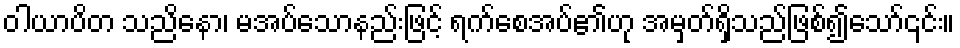
ဝါယာပိတ သညိနော၊ မအပ်သောနည်းဖြင့် ရက်စေအပ်၏ဟု အမှတ်ရှိသည်ဖြစ်၍သော်၎င်း။